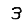
Digit: 3